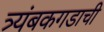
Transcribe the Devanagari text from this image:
त्र्यंबकगडाची